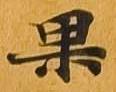
果